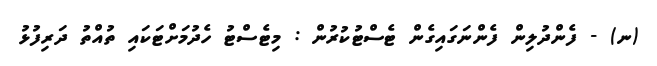
(ނ) - ފެންދުލިން ފެންނަގައިގެން ޓެސްޓުކުރުން : މިޓެސްޓު ހެދުމަށްޓަކައި ތުއްތު ދަރިފުޅު